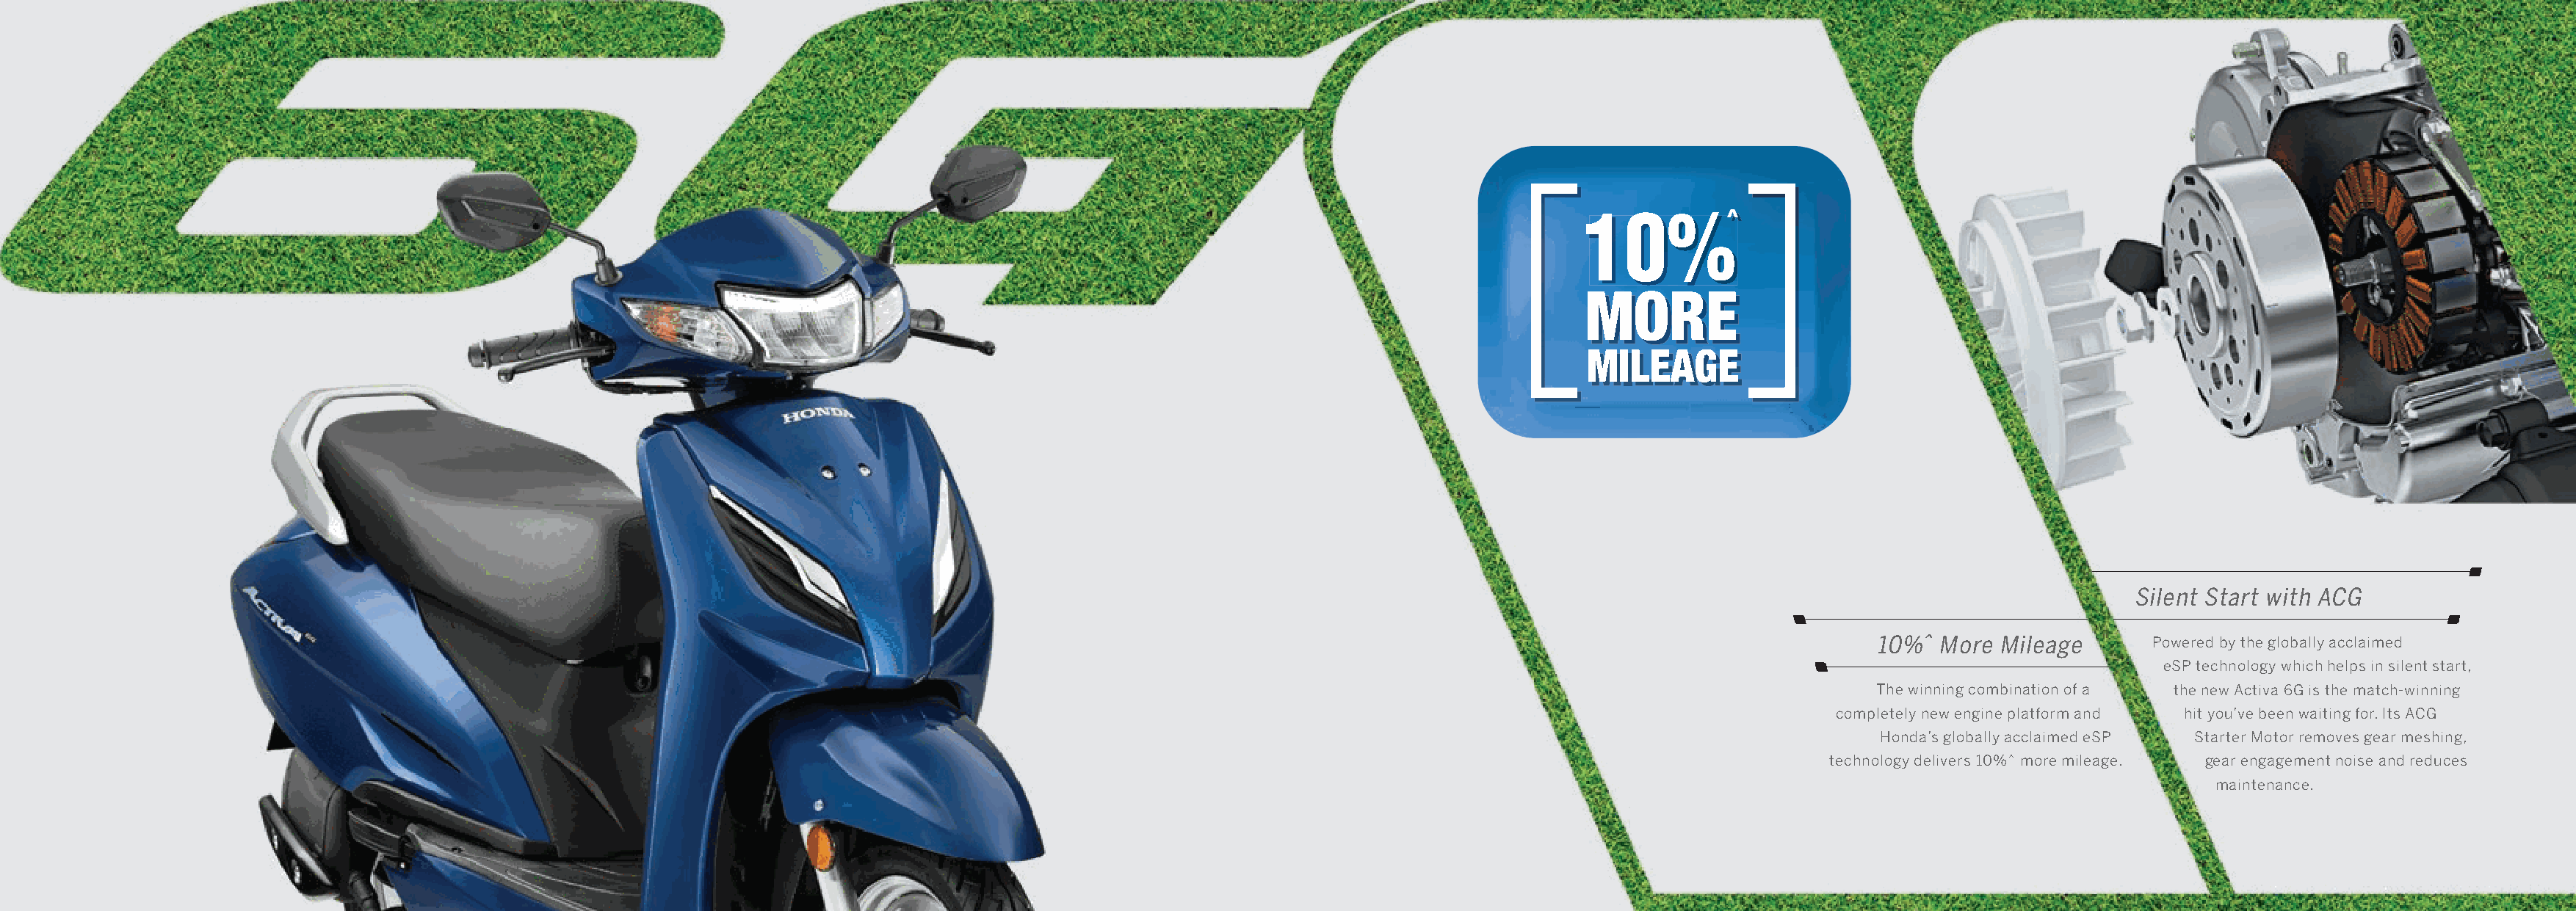
11110000%%%%
 Silent Start with ACG
 10%^  More Mileage       Powered by the globally acclaimed
 eSP technology which helps in silent start,
 The winning combination of a the new Activa 6G is the match-winning
 completely new engine platform and hit you’ve been waiting for. Its ACG
 Honda’s globally acclaimed eSP Starter Motor removes gear meshing,
 technology delivers 10%^ more mileage. gear engagement noise and reduces
 maintenance.